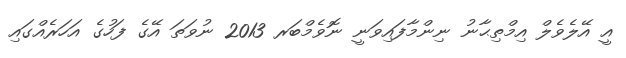
އީ އޭލެވެލް އިމްތިޙާނު ނިންމާފައިވަނީ ނޮވެމްބަރ 2013 ނުވަތަ އޭގެ ފަހުގެ އަހަރެއްގައި